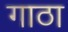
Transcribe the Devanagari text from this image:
गाठा